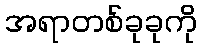
အရာတစ်ခုခုကို